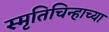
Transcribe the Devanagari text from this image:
स्मृतिचिन्हाच्या